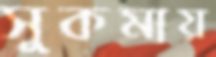
সুকমায়